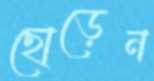
ছোড়েন